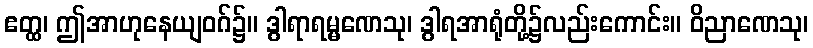
ဧတ္ထ၊ ဤအာဟုနေယျဝဂ်၌။ ဒွါရာရမ္မဏေသု၊ ဒွါရအာရုံတို့၌လည်းကောင်း။ ဝိညာဏေသု၊